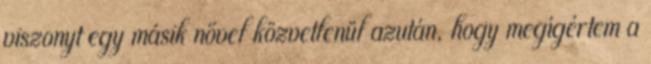
viszonyt egy másik nővel közvetlenül azután, hogy megígértem a